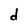
Character: d